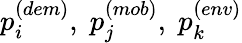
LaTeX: p_{i}^{(dem)},\; p_{j}^{(mob)},\; p_{k}^{(env)}